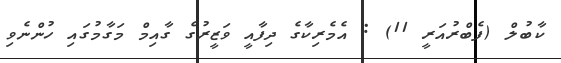
ކާބުލް (ފެބްރުއަރީ 11) : އެމެރިކާގެ ދިފާއީ ވަޒީރުގެ ގާއިމް މަގާމުގައި ހުންނެވި